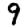
Digit: 9